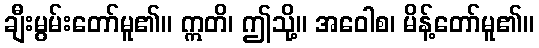
ချီးမွမ်းတော်မူ၏။ ဣတိ၊ ဤသို့။ အဝေါစ၊ မိန့်တော်မူ၏။